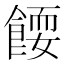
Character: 𬲗